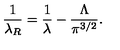
\frac { 1 } { \lambda _ { R } } = \frac { 1 } { \lambda } - \frac { \Lambda } { \pi ^ { 3 / 2 } } .